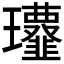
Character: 𩐔